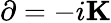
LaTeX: \mathbf{\partial}=-i\mathbf{K}